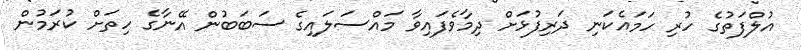
އުލްފަތުގެ ހުރި ހަމައެކަނި ދަރިފުޅަށް ދިމާވެފައިވާ މައްސަލައިގެ ސަބަބުން އޭނާގެ ހިތަށް ކުރަމުން